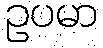
ဥပမာ